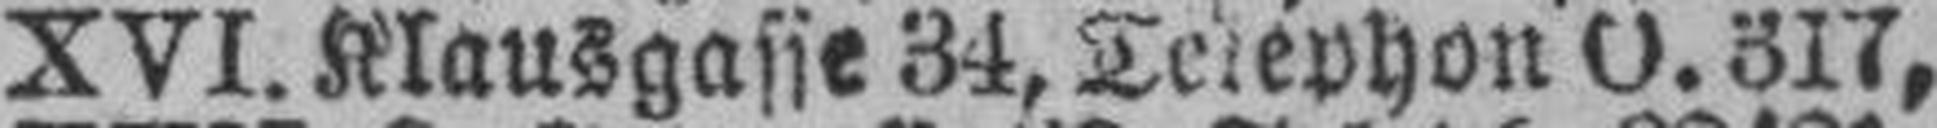
XVI. Klausgasse 34, Telphon O. 317,